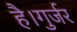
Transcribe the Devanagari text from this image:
है।गुर्जर